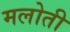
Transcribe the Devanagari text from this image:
मलोती